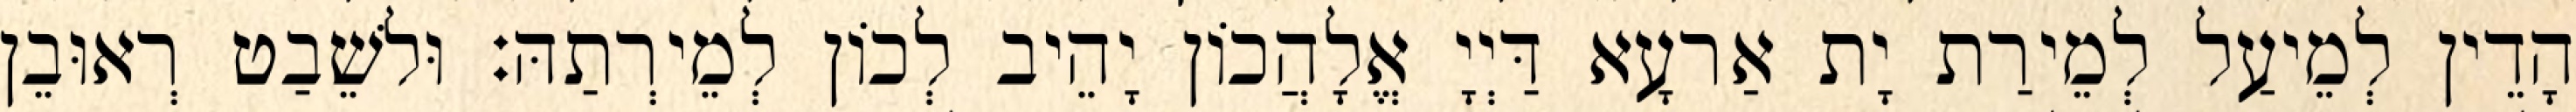
הָדֵין לְמֵיעַל לְמֵירַת יָת אַרעָא דַּיְיָ אֱלָהֲכוֹן יָהֵיב לְכוֹן לְמֵירְתַהּ׃ וּלשֵׁבַט רְאוּבֵן